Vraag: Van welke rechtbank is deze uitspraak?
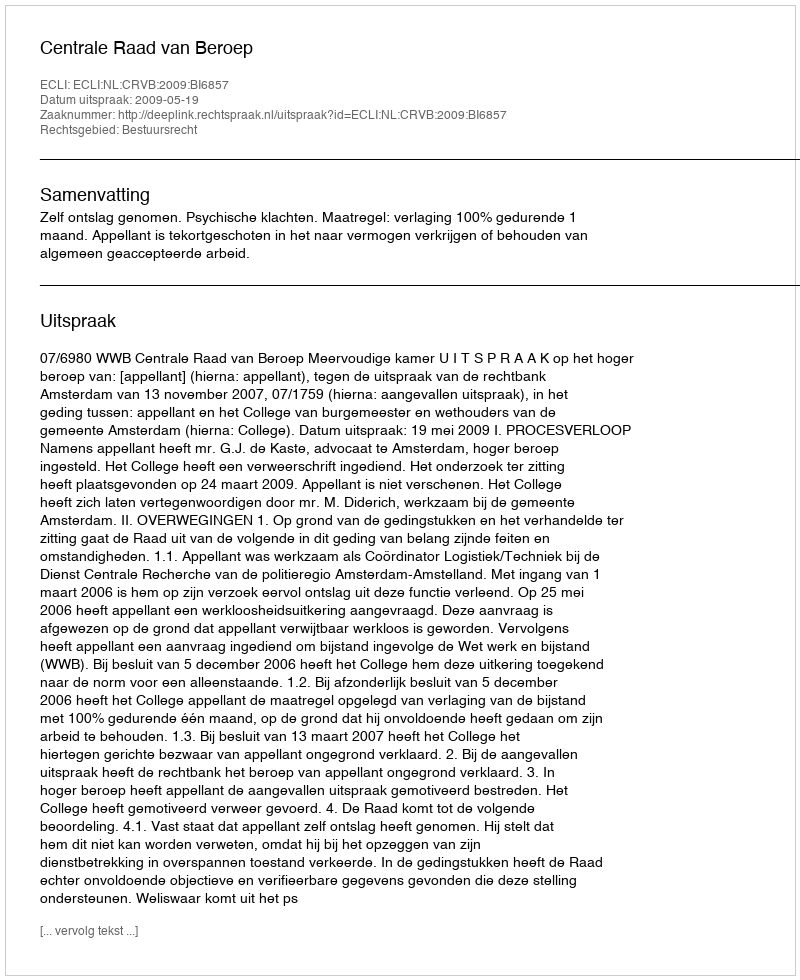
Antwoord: Centrale Raad van Beroep